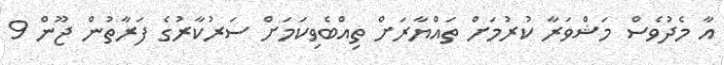
އާ މެދުވެސް މަޝްވަރާ ކުރުމަށް ތައްޔާރަށް ތިއްބެވިކަމަށް ސަރުކާރުގެ ފަރާތުން ޖޫން 9